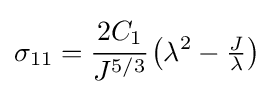
\sigma _{11}={\cfrac {2C_{1}}{J^{5/3}}}\left(\lambda ^{2}-{\tfrac {J}{\lambda }}\right)